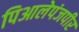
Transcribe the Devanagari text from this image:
पिआलेपंजपीर